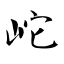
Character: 岮